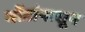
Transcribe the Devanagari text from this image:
बोंडांपासून